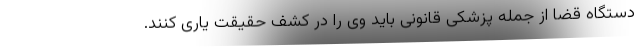
دستگاه قضا از جمله پزشکی قانونی باید وی را در کشف حقیقت یاری کنند.